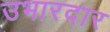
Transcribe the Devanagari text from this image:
उभारदार